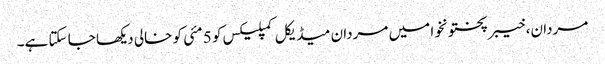
مردان، خیبرپختونخوا میں مردان میڈیکل کمپلیکس کو 5 مئی کو خالی دیکھا جا سکتا ہے۔